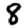
Digit: 8